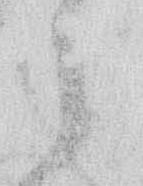
之